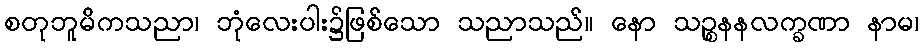
စတုဘူမိကသညာ၊ ဘုံလေးပါး၌ဖြစ်သော သညာသည်။ နော သဉ္စနနလက္ခဏာ နာမ၊